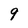
Character: 9